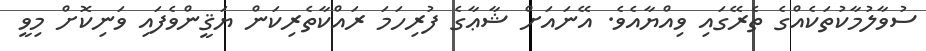
ސުވާލުމާކުތަކެއްގެ ތެރޭގައި ވިއްޔާއެވެ. އޭނައަށް ޝާޢާގެ ފުރިހަމަ ރައްކާތެރިކަން ޔަޤީންވެފައި ވަނިކޮށް މިވީ